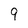
Character: 9